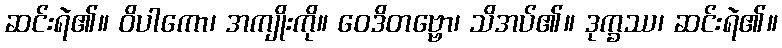
ဆင်းရဲ၏။ ဝိပါကော၊ အကျိုးကို။ ဝေဒိတဗ္ဗော၊ သိအပ်၏။ ဒုက္ခဿ၊ ဆင်းရဲ၏။